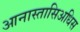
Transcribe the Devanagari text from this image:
आनास्तासिअधिस